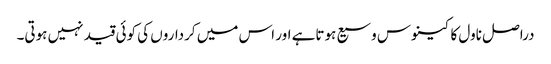
دراصل ناول کا کینوس وسیع ہوتاہے اور اس میں کرداروں کی کوئی قید نہیں ہوتی۔